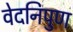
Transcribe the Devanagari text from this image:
वेदनिपुण